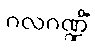
ဂလဂဏ္ဍိံ